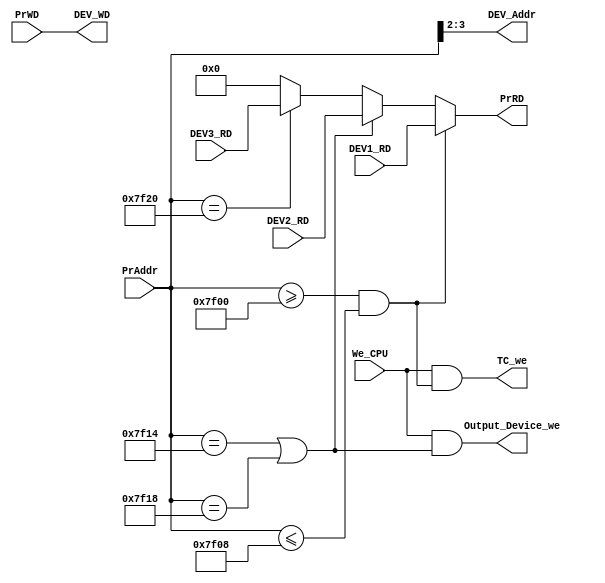
module Bridge_module(We_CPU, PrAddr, PrWD, DEV_Addr, DEV_WD, PrRD, DEV1_RD, DEV2_RD, DEV3_RD, Output_Device_we, TC_we);
    input [31:0]PrAddr;
    input [31:0]PrWD;
    input [31:0]DEV1_RD, DEV2_RD, DEV3_RD;
    input We_CPU; // sw, sb
    output [1:0]DEV_Addr;
    output [31:0]DEV_WD;
    output [31:0]PrRD;
    output Output_Device_we, TC_we;
    
    wire DEV1_RD_Address, DEV2_RD_Address, DEV3_RD_Address;
    assign DEV1_RD_Address = (PrAddr >= 32'h00007f00 && PrAddr <= 32'h00007f08); // TC
    assign DEV2_RD_Address = (PrAddr == 32'h00007f14 || PrAddr == 32'h00007f18); // OD
    assign DEV3_RD_Address = (PrAddr == 32'h00007f20); // ID
    
    assign PrRD = (DEV1_RD_Address) ? DEV1_RD :
                  (DEV2_RD_Address) ? DEV2_RD :
                  (DEV3_RD_Address) ? DEV3_RD : 32'h00000000;
                  
    assign TC_we = We_CPU & DEV1_RD_Address;
    assign Output_Device_we = We_CPU & DEV2_RD_Address;
    
    assign DEV_Addr = PrAddr[3:2];
    assign DEV_WD = PrWD;
    
endmodule